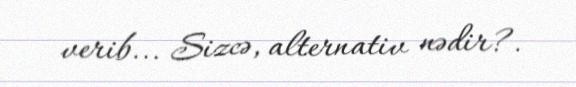
verib... Sizcə, alternativ nədir?.